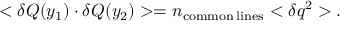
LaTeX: < \delta Q ( y _ { 1 } ) \cdot \delta Q ( y _ { 2 } ) > = n _ { \mathrm { c o m m o n } \: \mathrm { l i n e s } } < \delta q ^ { 2 } > .